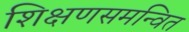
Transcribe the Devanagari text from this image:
शिक्षणसमन्वित